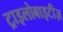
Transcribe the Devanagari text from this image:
ट्राइलोबाइटीज़